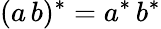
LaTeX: (a\, b)^{*}=a^{*}\, b^{*}